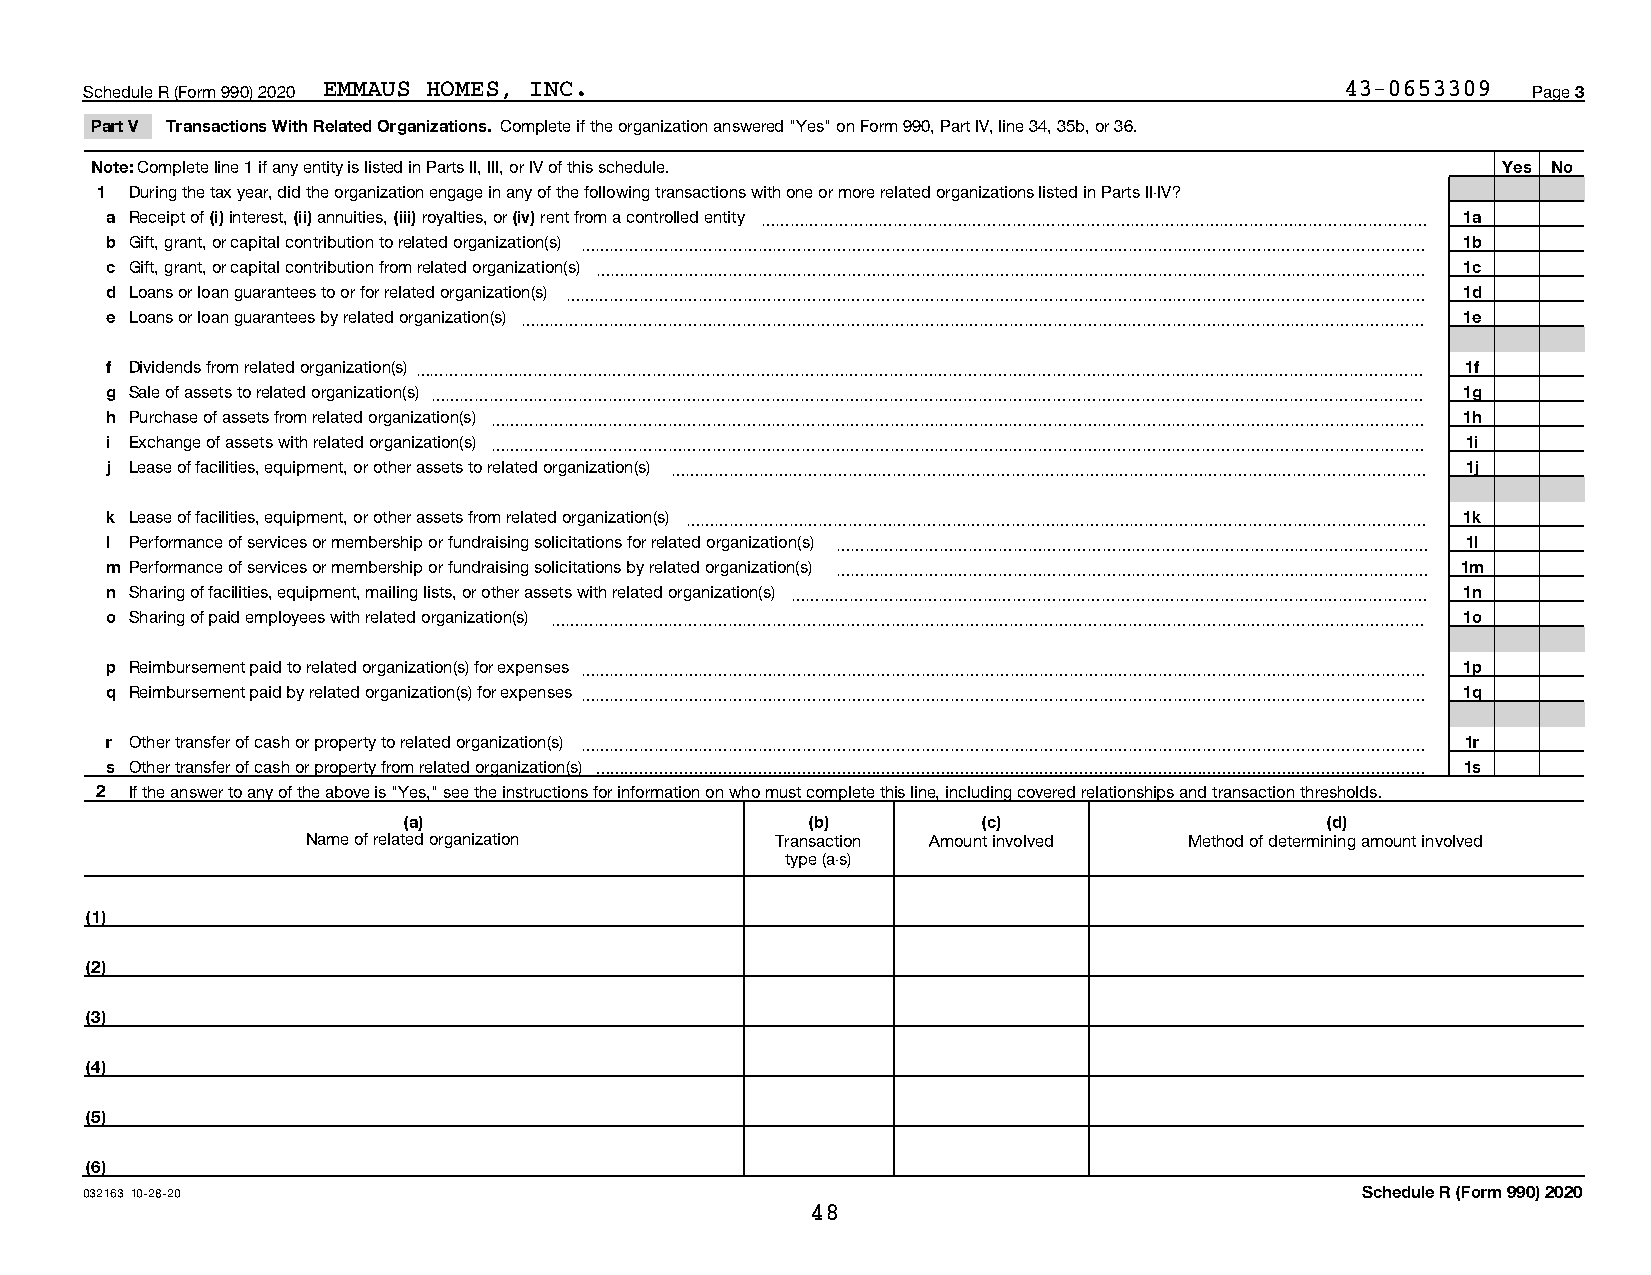
Schedule R (Form 990) 2020 EMMAUS HOMES, INC.                                      43-0653309  Page 3
 Part V Transactions With Related Organizations. Complete if the organization answered "Yes" on Form 990, Part IV, line 34, 35b, or 36.
 Note: Complete line 1 if any entity is listed in Parts II, III, or IV of this schedule.      Yes No
 1  During the tax year, did the organization engage in any of the following transactions with one or more related organizations listed in Parts II-IV?
 a Receipt of (i) interest, (ii) annuities, (iii) royalties, or (iv) rent from a controlled entity ~~~~~~~~~~~~~~~~~~~~~~~~~~~~~~~~~~~~~~~~~~~~~ 1a
 b Gift, grant, or capital contribution to related organization(s) ~~~~~~~~~~~~~~~~~~~~~~~~~~~~~~~~~~~~~~~~~~~~~~~~~~~~~~~~~ 1b
 c Gift, grant, or capital contribution from related organization(s) ~~~~~~~~~~~~~~~~~~~~~~~~~~~~~~~~~~~~~~~~~~~~~~~~~~~~~~~~ 1c
 d Loans or loan guarantees to or for related organization(s) ~~~~~~~~~~~~~~~~~~~~~~~~~~~~~~~~~~~~~~~~~~~~~~~~~~~~~~~~~~ 1d
 e Loans or loan guarantees by related organization(s) ~~~~~~~~~~~~~~~~~~~~~~~~~~~~~~~~~~~~~~~~~~~~~~~~~~~~~~~~~~~~~ 1e
 f Dividends from related organization(s)~~~~~~~~~~~~~~~~~~~~~~~~~~~~~~~~~~~~~~~~~~~~~~~~~~~~~~~~~~~~~~~~~~~~ 1f
 g Sale of assets to related organization(s) ~~~~~~~~~~~~~~~~~~~~~~~~~~~~~~~~~~~~~~~~~~~~~~~~~~~~~~~~~~~~~~~~~~~ 1g
 h Purchase of assets from related organization(s) ~~~~~~~~~~~~~~~~~~~~~~~~~~~~~~~~~~~~~~~~~~~~~~~~~~~~~~~~~~~~~~~ 1h
 i Exchange of assets with related organization(s) ~~~~~~~~~~~~~~~~~~~~~~~~~~~~~~~~~~~~~~~~~~~~~~~~~~~~~~~~~~~~~~~ 1i
 j Lease of facilities, equipment, or other assets to related organization(s) ~~~~~~~~~~~~~~~~~~~~~~~~~~~~~~~~~~~~~~~~~~~~~~~~~~~ 1j
 k Lease of facilities, equipment, or other assets from related organization(s) ~~~~~~~~~~~~~~~~~~~~~~~~~~~~~~~~~~~~~~~~~~~~~~~~~~ 1k
 l Performance of services or membership or fundraising solicitations for related organization(s) ~~~~~~~~~~~~~~~~~~~~~~~~~~~~~~~~~~~~~~~~ 1l
 m Performance of services or membership or fundraising solicitations by related organization(s) ~~~~~~~~~~~~~~~~~~~~~~~~~~~~~~~~~~~~~~~~ 1m
 n Sharing of facilities, equipment, mailing lists, or other assets with related organization(s) ~~~~~~~~~~~~~~~~~~~~~~~~~~~~~~~~~~~~~~~~~~~ 1n
 o Sharing of paid employees with related organization(s) ~~~~~~~~~~~~~~~~~~~~~~~~~~~~~~~~~~~~~~~~~~~~~~~~~~~~~~~~~~~ 1o
 p Reimbursement paid to related organization(s) for expenses ~~~~~~~~~~~~~~~~~~~~~~~~~~~~~~~~~~~~~~~~~~~~~~~~~~~~~~~~~ 1p
 q Reimbursement paid by related organization(s) for expenses ~~~~~~~~~~~~~~~~~~~~~~~~~~~~~~~~~~~~~~~~~~~~~~~~~~~~~~~~~ 1q
 r Other transfer of cash or property to related organization(s) ~~~~~~~~~~~~~~~~~~~~~~~~~~~~~~~~~~~~~~~~~~~~~~~~~~~~~~~~~ 1r
 s Other transfer of cash or property from related organization(s)  1s
 2  If the answer to any of the above is "Yes," see the instructions for information on who must complete this line, including covered relationships and transaction thresholds.
 (a)                        (b)        (c)                    (d)
 Name of related organization   Transaction Amount involved Method of determining amount involved
 type (a-s)
 (1)
 (2)
 (3)
 (4)
 (5)
 (6)
 032163 10-28-20                                                                     Schedule R (Form 990) 2020
 48